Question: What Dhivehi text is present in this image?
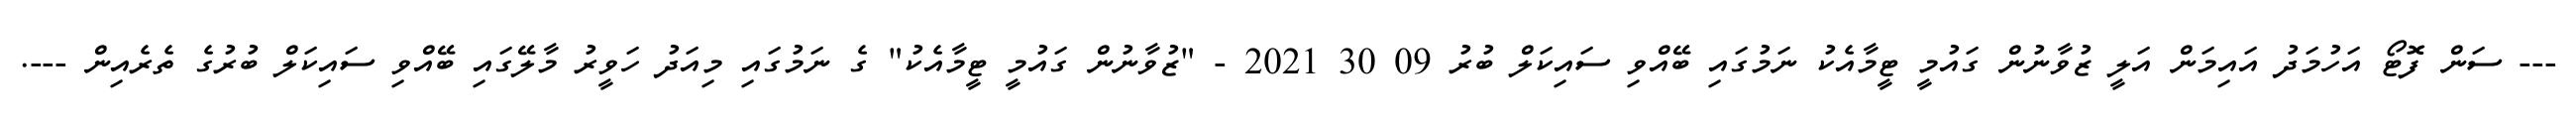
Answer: --- ސަން ފޮޓޯ އަހުމަދު އައިމަން އަލީ ޒުވާނުން ގައުމީ ޓީމާއެކު ނަމުގައި ބޭއްވި ސައިކަލް ބުރު 09 30 2021 - "ޒުވާނުން ގައުމީ ޓީމާއެކު" ގެ ނަމުގައި މިއަދު ހަވީރު މާލޭގައި ބޭއްވި ސައިކަލް ބުރުގެ ތެރެއިން ---.